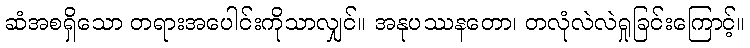
ဆံအစရှိသော တရားအပေါင်းကိုသာလျှင်။ အနုပဿနတော၊ တလုံလဲလဲရှုခြင်းကြောင့်။